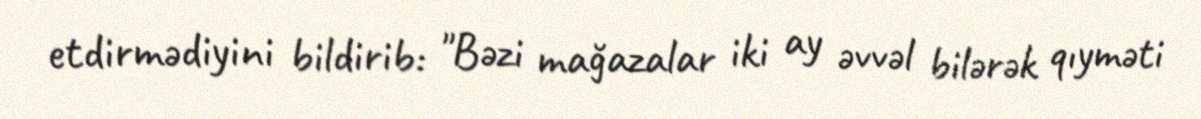
etdirmədiyini bildirib: "Bəzi mağazalar iki ay əvvəl bilərək qıyməti